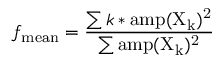
f _ { \mathrm { m e a n } } = \frac { \sum k * \mathrm { a m p ( X _ { k } ) ^ { 2 } } } { \sum \mathrm { a m p ( X _ { k } ) ^ { 2 } } }